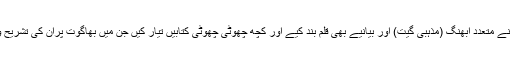
[6] نیز ایک ناتھ نے متعدد ابھنگ (مذہبی گیت) اور بیانیے بھی قلم بند کیے اور کچھ چھوٹی چھوٹی کتابیں تیار کیں جن میں بھاگوت پران کی تشریح و تفسیر ملتی ہیں۔